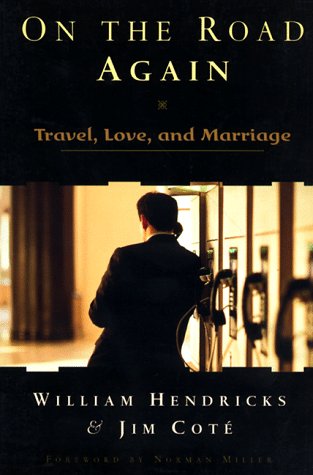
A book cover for On the Road Again: Travel, Love, and Marriage; William Hendricks; Travel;